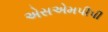
એસએમપીપી